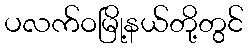
ပလက်ဝမြို့နယ်တို့တွင်